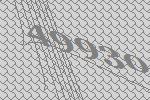
49930